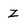
Character: Z